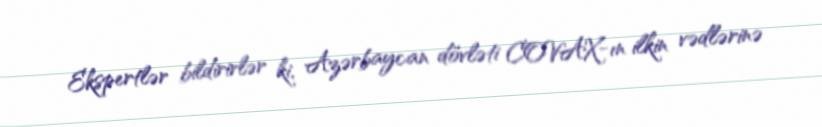
Ekspertlər bildirirlər ki, Azərbaycan dövləti COVAX-ın ilkin vədlərinə